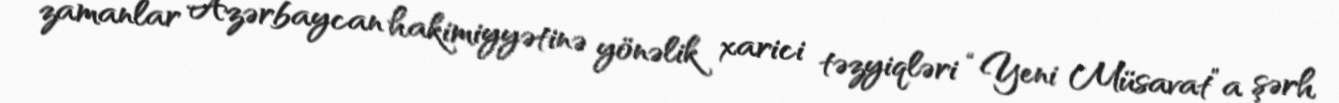
zamanlar Azərbaycan hakimiyyətinə yönəlik xarici təzyiqləri “Yeni Müsavat”a şərh